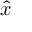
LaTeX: { \hat { x } }